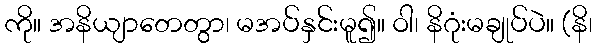
ကို။ အနိယျာတေတွာ၊ မအပ်နှင်းမူ၍။ ဝါ၊ နိဂုံးမချုပ်ပဲ။ (နိ၊